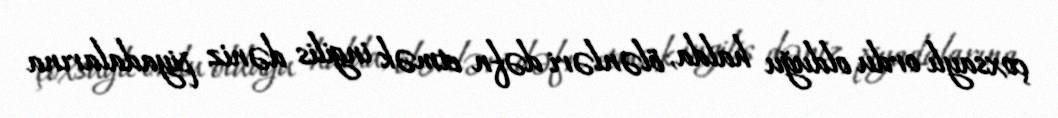
çoxsaylı ordu olduğu halda, ölənləri dəfn etmək ingilis dəniz piyadalarına